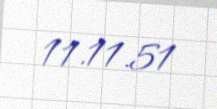
11.11.51